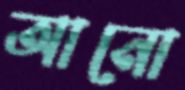
আনো